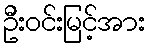
ဦးဝင်းမြင့်အား